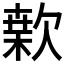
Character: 𣤂